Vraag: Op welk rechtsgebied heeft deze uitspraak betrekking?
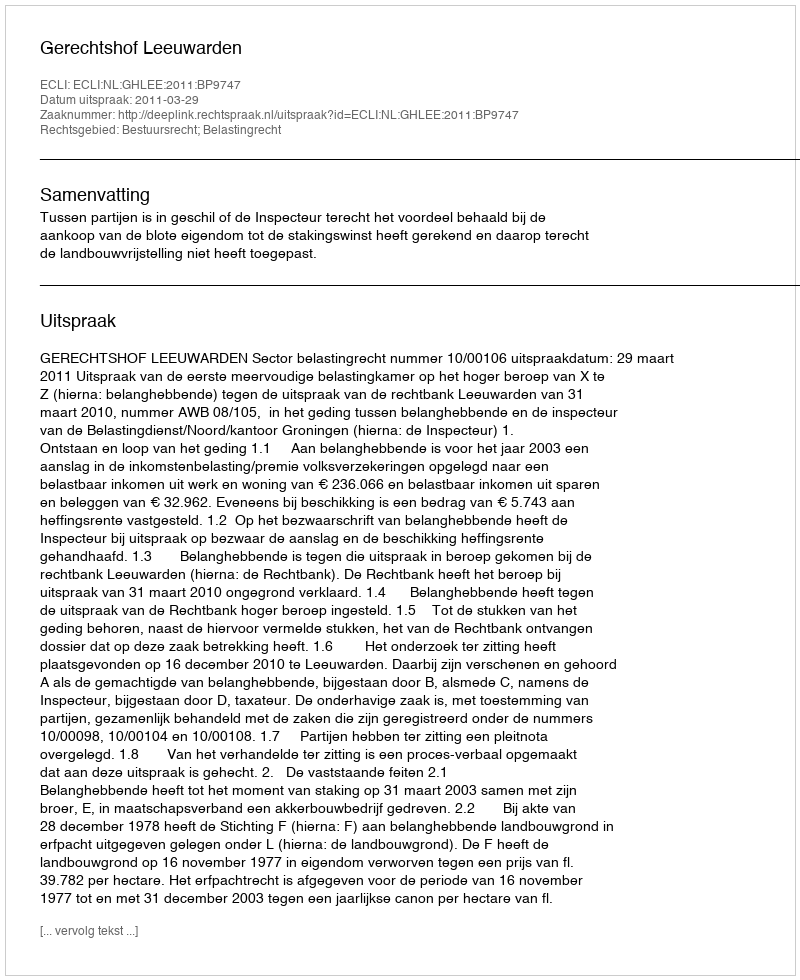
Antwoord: Bestuursrecht; Belastingrecht